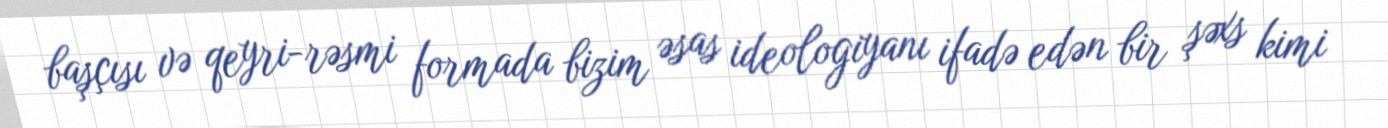
başçısı və qeyri-rəsmi formada bizim əsas ideologiyanı ifadə edən bir şəxs kimi